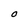
Character: O